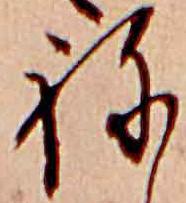
ね